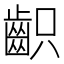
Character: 齞